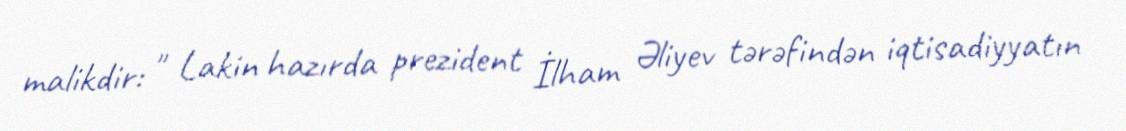
malikdir: " Lakin hazırda prezident İlham Əliyev tərəfindən iqtisadiyyatın